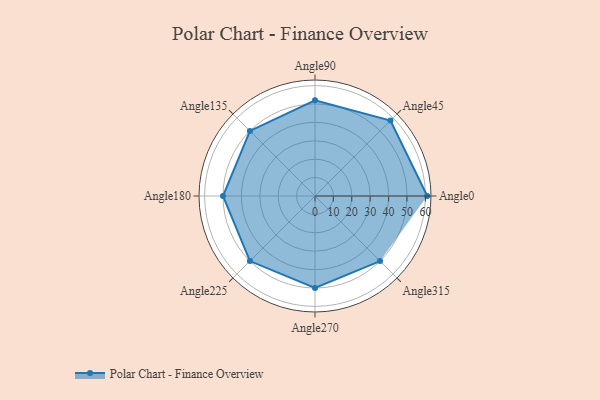
{"axis": {"x": "Angle", "y": "Radius"}, "legend": [""], "data": [{"x": "Angle0", "y": 61.0, "type": ""}, {"x": "Angle45", "y": 58.0, "type": ""}, {"x": "Angle90", "y": 52.0, "type": ""}, {"x": "Angle135", "y": 50, "type": ""}, {"x": "Angle180", "y": 50, "type": ""}, {"x": "Angle225", "y": 50, "type": ""}, {"x": "Angle270", "y": 50, "type": ""}, {"x": "Angle315", "y": 50, "type": ""}]}